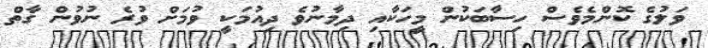
ވަލުގެ ކޮންމެވެސް ހިސާބަކުން މީހަކާއި ދިމާނުވެ ދިއުމަކީ ވުމަށް ވުރެ ނުވުން ގާތް